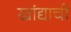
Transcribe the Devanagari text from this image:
खांद्याची